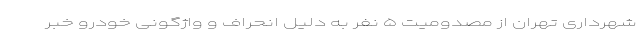
شهرداری تهران از مصدومیت ۵ نفر به دلیل انحراف و واژگونی خودرو خبر